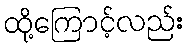
ထို့ကြောင့်လည်း